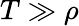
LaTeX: T\gg\rho